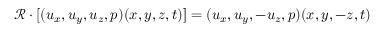
\mathcal { R } \cdot [ ( u _ { x } , u _ { y } , u _ { z } , p ) ( x , y , z , t ) ] = ( u _ { x } , u _ { y } , - u _ { z } , p ) ( x , y , - z , t )